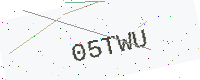
Text: 05TWU